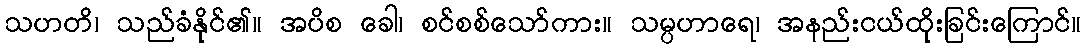
သဟတိ၊ သည်ခံနိုင်၏။ အပိစ ခေါ၊ စင်စစ်သော်ကား။ သမ္ပဟာရေ၊ အနည်းငယ်ထိုးခြင်းကြောင်။